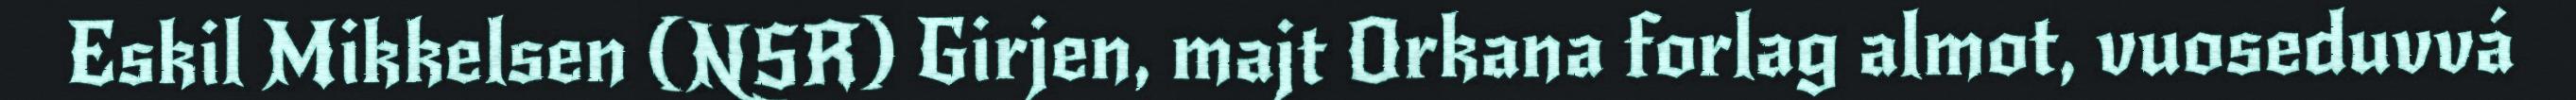
Eskil Mikkelsen (NSR) Girjen, majt Orkana forlag almot, vuoseduvvá